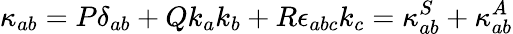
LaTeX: \kappa_{ab}=P\delta_{ab}+Qk_{a}k_{b}+R\epsilon_{abc}k_{c}=\kappa_{ab}^{S}+\kappa_{ab}^{A}